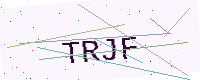
Text: TRJF